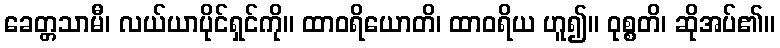
ခေတ္တသာမီ၊ လယ်ယာပိုင်ရှင်ကို။ ထာဝရိယောတိ၊ ထာဝရိယ ဟူ၍။ ဝုစ္စတိ၊ ဆိုအပ်၏။